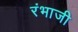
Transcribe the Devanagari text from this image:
रंभाजी